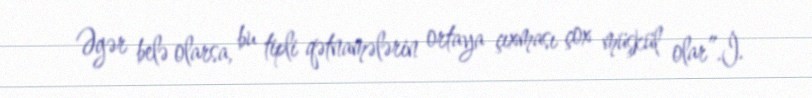
Əgər belə olarsa, bu tipli qətnamələrin ortaya çıxması çox müşkül olar”.İ.